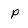
Character: p